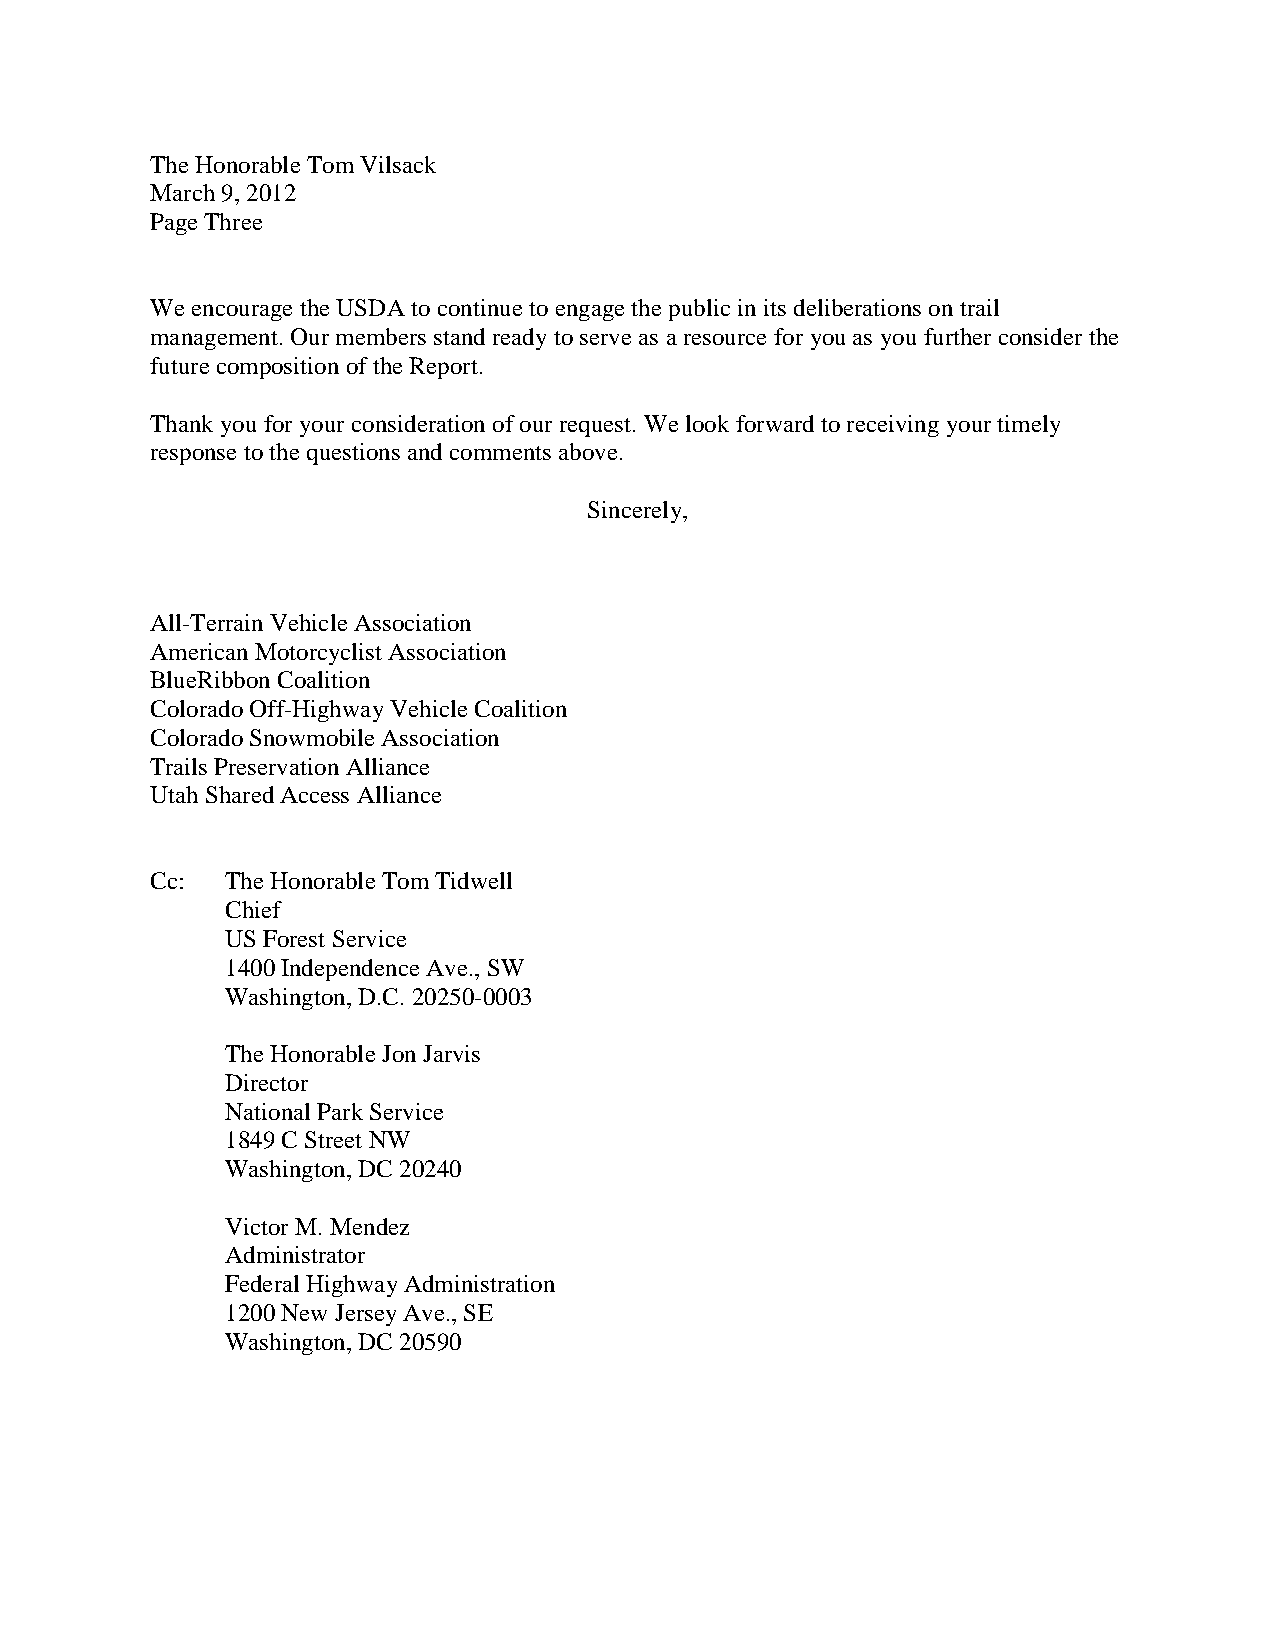
The Honorable Tom Vilsack
 March 9, 2012
 Page Three
 We encourage the USDA to continue to engage the public in its deliberations on trail
 management. Our members stand ready to serve as a resource for you as you further consider the
 future composition of the Report.
 Thank you for your consideration of our request. We look forward to receiving your timely
 response to the questions and comments above.
 Sincerely,
 All-Terrain Vehicle Association
 American Motorcyclist Association
 BlueRibbon Coalition
 Colorado Off-Highway Vehicle Coalition
 Colorado Snowmobile Association
 Trails Preservation Alliance
 Utah Shared Access Alliance
 Cc:  The Honorable Tom Tidwell
 Chief
 US Forest Service
 1400 Independence Ave., SW
 Washington, D.C. 20250-0003
 The Honorable Jon Jarvis
 Director
 National Park Service
 1849 C Street NW
 Washington, DC 20240
 Victor M. Mendez
 Administrator
 Federal Highway Administration
 1200 New Jersey Ave., SE
 Washington, DC 20590